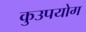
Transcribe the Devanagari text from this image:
कुउपयोग